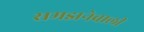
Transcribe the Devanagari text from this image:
समझनेवाली